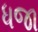
ધજા